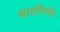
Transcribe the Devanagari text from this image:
चारशेपर्यंत